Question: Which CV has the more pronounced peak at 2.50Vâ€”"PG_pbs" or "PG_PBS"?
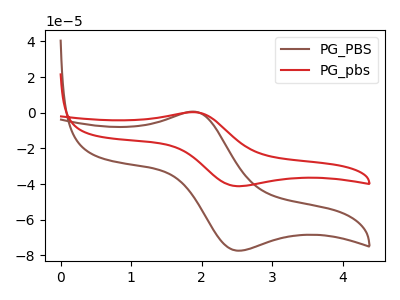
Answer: <think>The brown curve "PG_PBS" has an anodic peak at (1.90V, 0.65uA) and a cathodic peak at (2.50V, -77.30uA). The red curve "PG_pbs" has an anodic peak at (1.90V, 0.35uA) and a cathodic peak at (2.50V, -41.15uA).</think>
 <answer>The peak at 2.50V is lower in "PG_pbs" than in "PG_PBS".</answer>
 <eval>lower</eval>